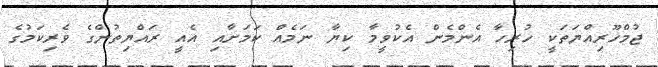
ޖުމްހޫރިއްޔަތަކީ ހުރިހާ އެންމެން އެކުވީމާ ކިޔާ ނަމެއް ކަމަށާއި އެއީ ރައްޔިތުންގެ ވެރިކަމުގެ